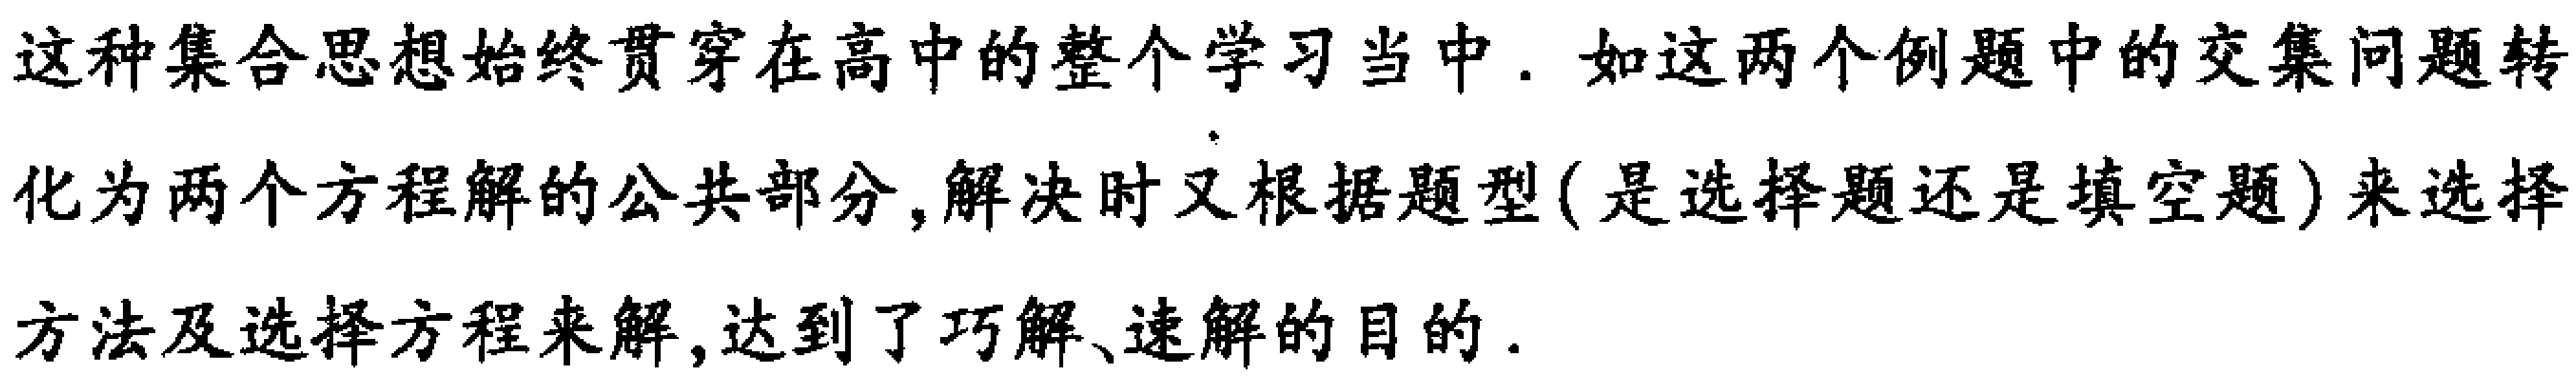
这种集合思想始终贯穿在高中的整个学习当中. 如这两个例题中的交集问题转
化为两个方程解的公共部分,解决时又根据题型(是选择题还是填空题)来选择
方法及选择方程来解,达到了巧解、速解的目的.